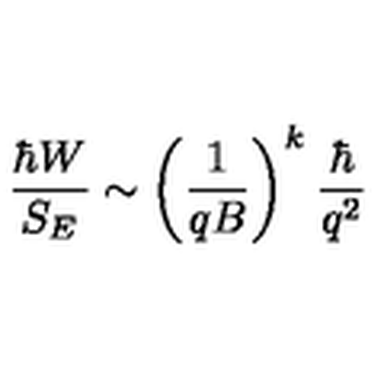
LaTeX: \frac { \hbar W } { S _ { E } } \sim \biggl ( \frac { 1 } { q B } \biggr ) ^ { k } \: \frac { \hbar } { q ^ { 2 } }